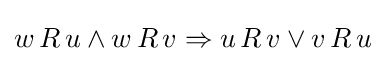
w\,R\,u\land w\,R\,v\Rightarrow u\,R\,v\lor v\,R\,u